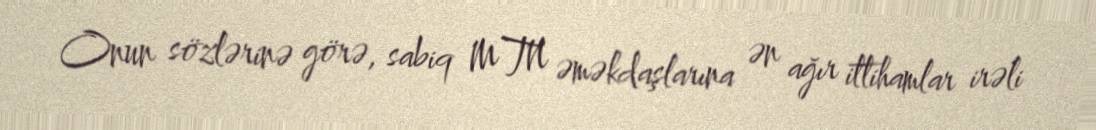
Onun sözlərinə görə, sabiq MTN əməkdaşlarına ən ağır ittihamlar irəli